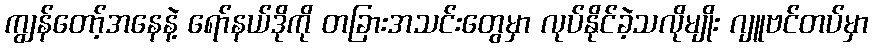
ကျွန်တော့်အနေနဲ့ ရော်နယ်ဒိုကို တခြားအသင်းတွေမှာ လုပ်နိုင်ခဲ့သလိုမျိုး ဂျူဗင်တပ်မှာ